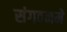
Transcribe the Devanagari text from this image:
संगठनमे